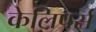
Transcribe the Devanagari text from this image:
केलिपर्स